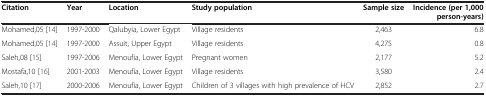
| Citation | Year | Location | Study population | Sample size | Incidence (per 1,000 person-years) |
 | --- | --- | --- | --- | --- | --- |
 | Mohamed,05 [14] | 1997-2000 | Qalubyia, Lower Egypt | Village residents | 2,463 | 6.8 |
 | Mohamed,05 [14] | 1997-2000 | Assuit, Upper Egypt | Village residents | 4,275 | 0.8 |
 | Saleh,08 [15] | 1997-2006 | Menoufia, Lower Egypt | Pregnant women | 2,177 | 5.2 |
 | Mostafa,10 [16] | 2001-2003 | Menoufia, Lower Egypt | Village residents | 3,580 | 2.4 |
 | Saleh,10 [17] | 2000-2006 | Menoufia, Lower Egypt | Children of 3 villages with high prevalence of HCV | 2,852 | 2.7 |